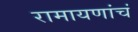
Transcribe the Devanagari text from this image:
रामायणांचं